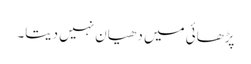
پڑھائی میں دھیان نہیں دیتا۔